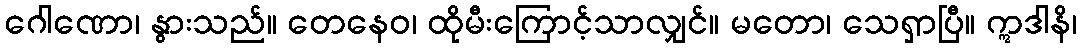
ဂေါဏော၊ နွားသည်။ တေနေဝ၊ ထိုမီးကြောင့်သာလျှင်။ မတော၊ သေရှာပြီ။ ဣဒါနိ၊